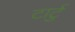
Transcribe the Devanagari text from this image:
टार्टु